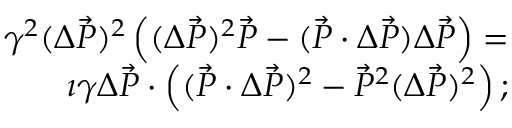
\begin{array} { r l r } & { } & { \gamma ^ { 2 } ( \Delta \vec { P } ) ^ { 2 } \left( ( \Delta \vec { P } ) ^ { 2 } \vec { P } - ( \vec { P } \cdot \Delta \vec { P } ) \Delta \vec { P } \right) = } \\ & { } & { \imath \gamma \Delta \vec { P } \cdot \left( ( \vec { P } \cdot \Delta \vec { P } ) ^ { 2 } - \vec { P } ^ { 2 } ( \Delta \vec { P } ) ^ { 2 } \right) ; } \end{array}